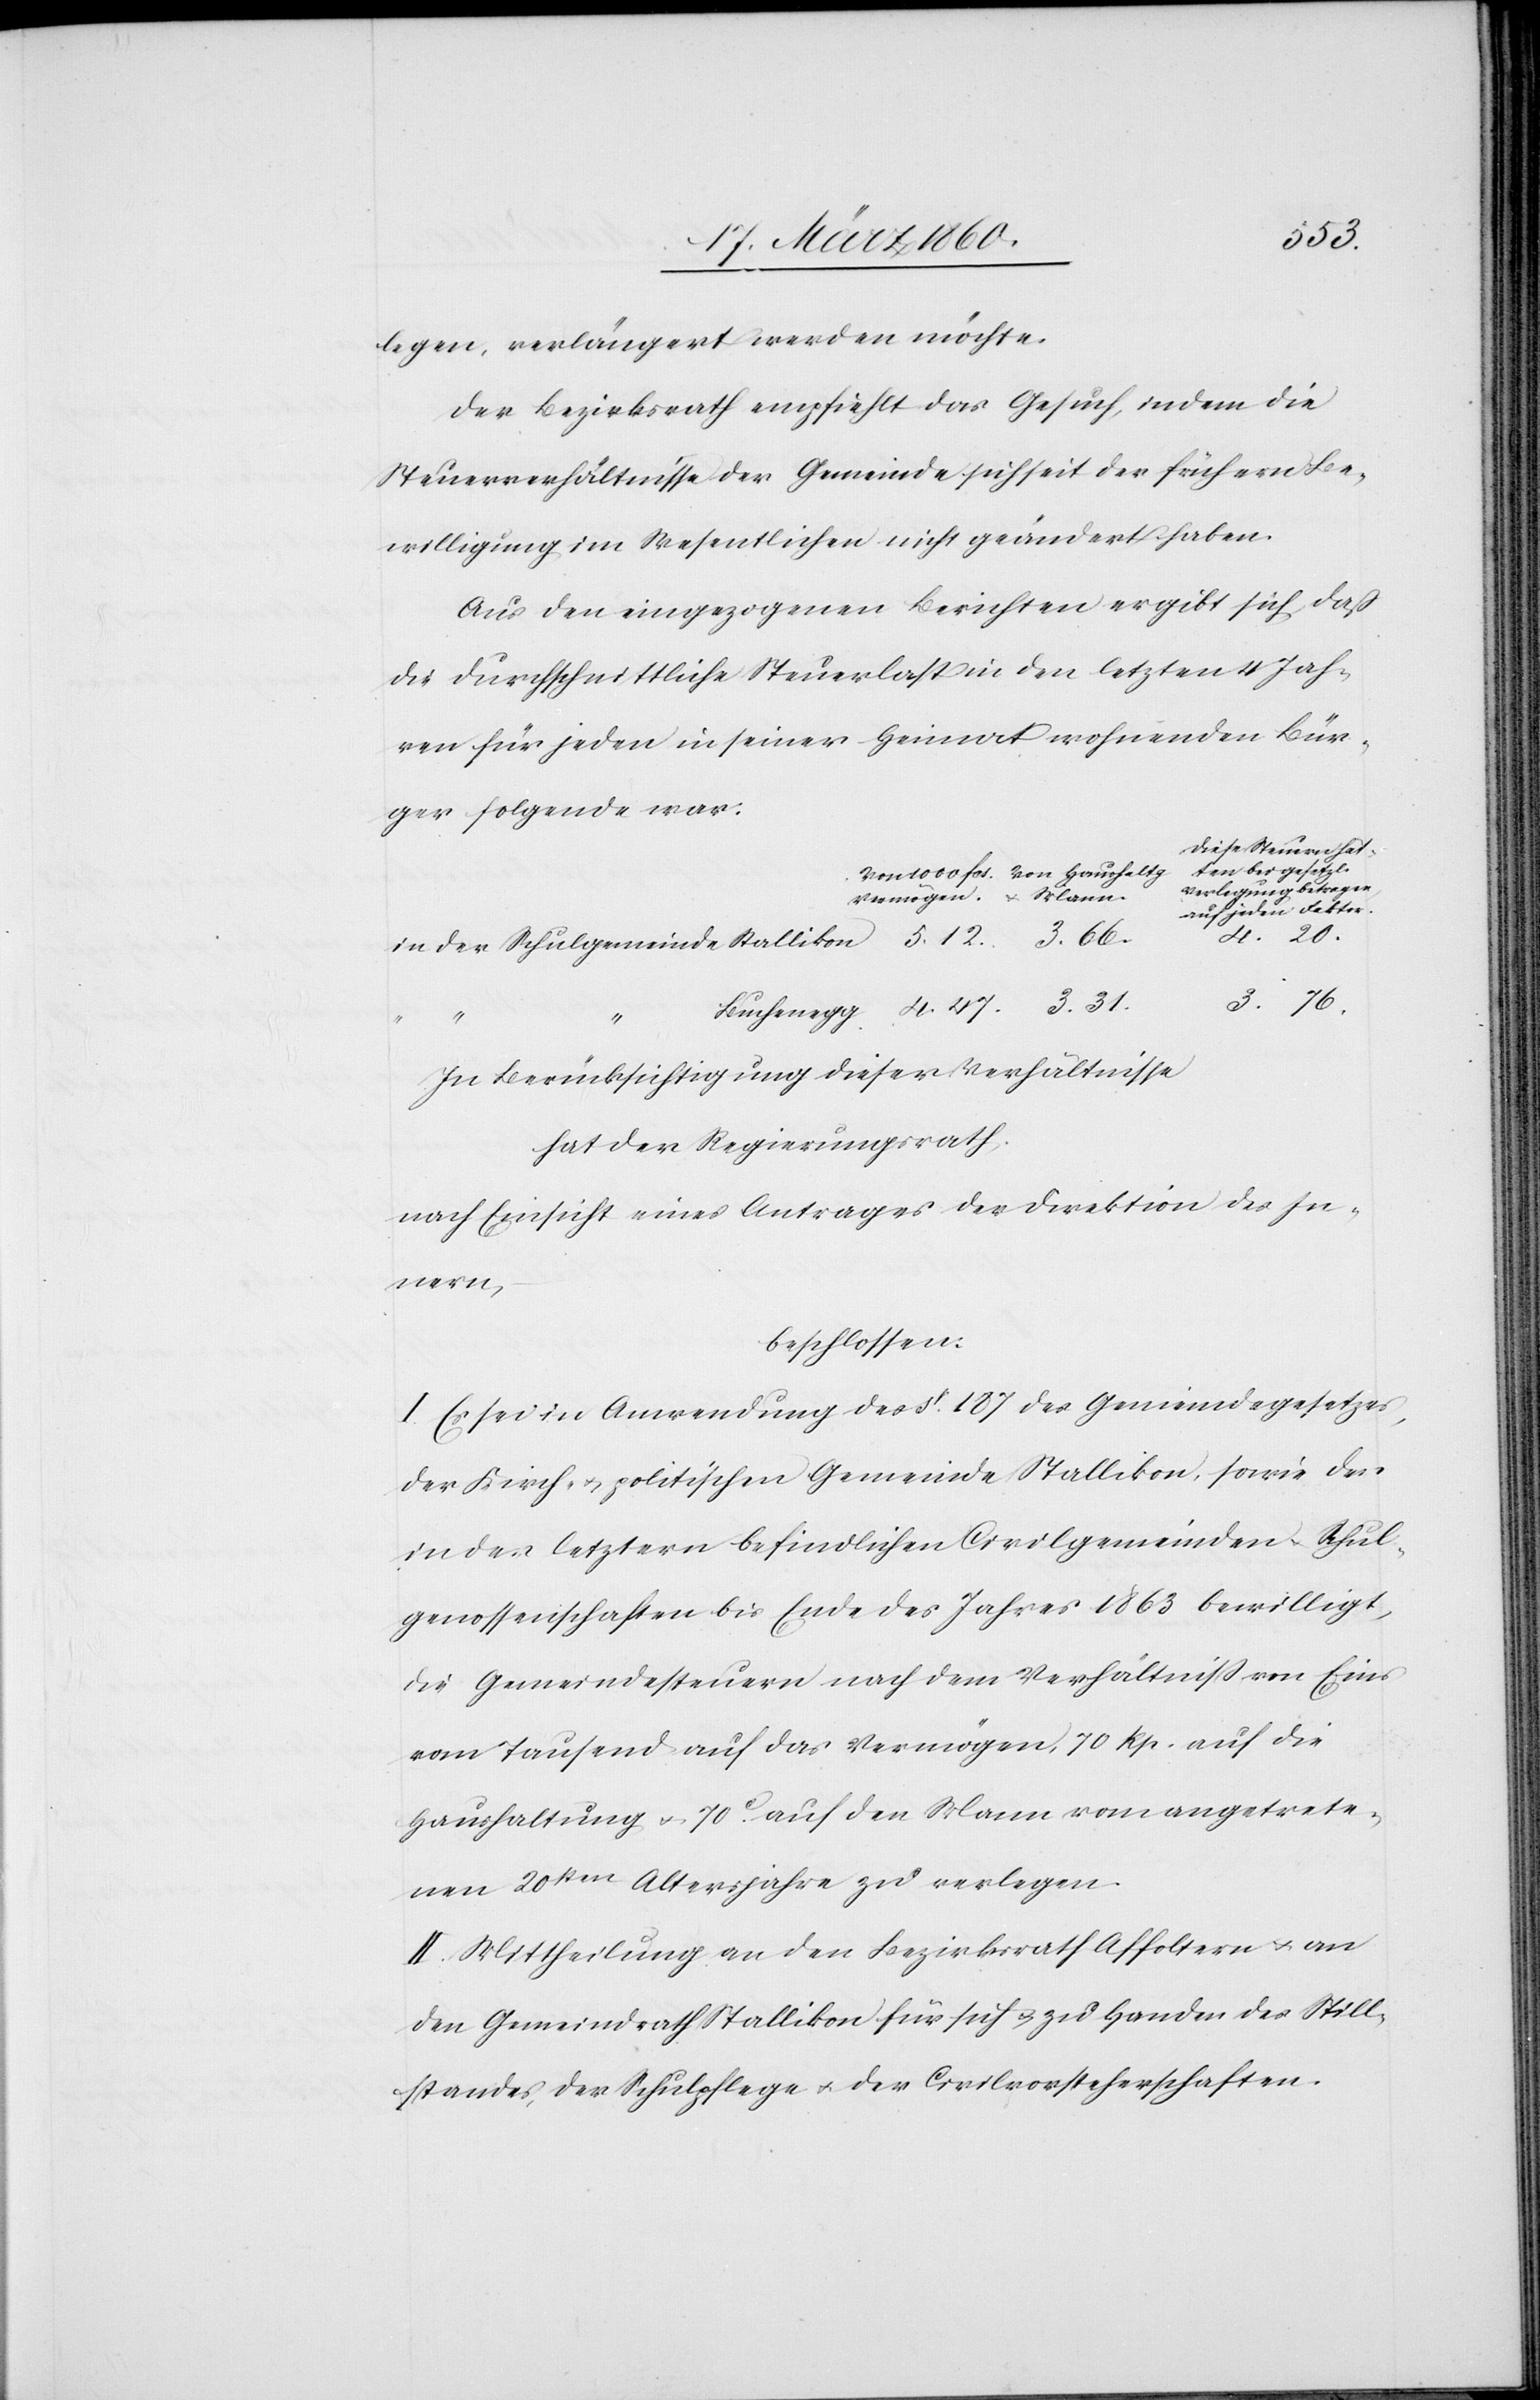
legen, verlängert werden möchte.
Der Bezirksrath empfiehlt das Gesuch, indem die
Steuerverhältnisse der Gemeinde sich seit der frühern Be¬
willigung im Wesentlichen nicht geändert haben.
Aus den eingezogenen Berichten ergibt sich, dass
die durchschnittliche Steuerlast in den letzten 4 Jah¬
ren für jeden in seiner Heimat wohnenden Bür¬
ger folgende war.
Diese Steuern
4. 20.
3. 76.
in Berücksichtigung dieser Verhältnisse
hat der Regierungsrath:
nach Einsicht eines Antrages der Direktion des In¬
nern,
beschlossen:
I. Es sei in Anwendung des §. 187. des Gemeindegesetzes,
der Kirch- u. politischen Gemeinde Stallikon, sowie der
in der letztern befindlichen Civilgemeinden u. Schul¬
genossenschaften bis Ende des Jahres 1863 bewilligt,
die Gemeindesteuern nach dem Verhältniss von Eins
vom Tausend auf das Vermögen, 70 Rp. auf die
Haushaltung u. 70C auf den Mann vom angetrete¬
nen 20sten Altersjahre zu verlegen.
II. Mittheilung an den Bezirksrath Affoltern u. an
den Gemeindrath Stallikon für sich u. zu Handen des Still¬
standes, der Schulpflege u. der Civilvorsteherschaften.